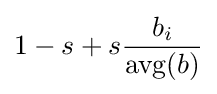
1-s+s{\frac {b_{i}}{\operatorname {avg} (b)}}